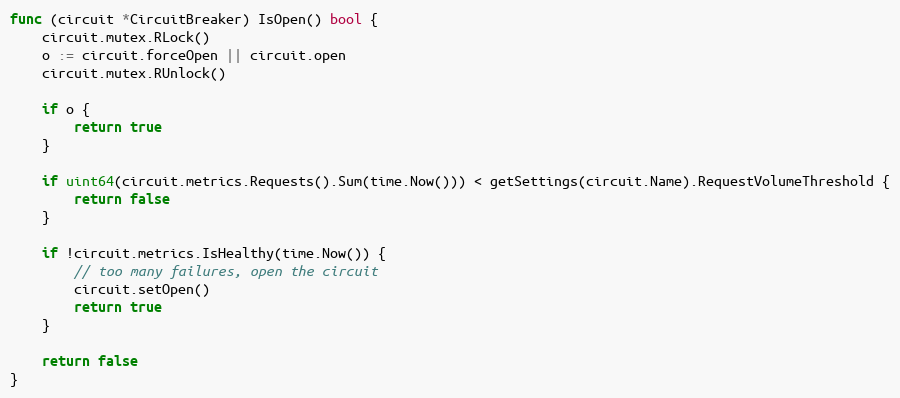
Language: Go
func (circuit *CircuitBreaker) IsOpen() bool {
	circuit.mutex.RLock()
	o := circuit.forceOpen || circuit.open
	circuit.mutex.RUnlock()

	if o {
		return true
	}

	if uint64(circuit.metrics.Requests().Sum(time.Now())) < getSettings(circuit.Name).RequestVolumeThreshold {
		return false
	}

	if !circuit.metrics.IsHealthy(time.Now()) {
		// too many failures, open the circuit
		circuit.setOpen()
		return true
	}

	return false
}